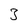
Character: 3